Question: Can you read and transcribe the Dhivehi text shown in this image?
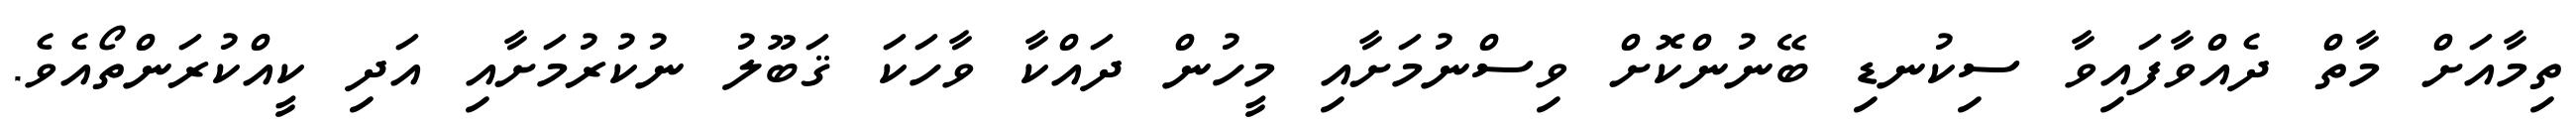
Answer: ތިމާއަށް މާތް ދެއްވާފައިވާ ސިކުނޑި ބޭނުންކޮށް ވިސްނުމަށާއި މީހުން ދައްކާ ވާހަކަ ޤަބޫލު ނުކުރުމަށާއި އަދި ކީއްކުރަންތޯއެވެ.